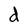
Character: d